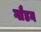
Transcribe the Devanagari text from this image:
ग्लैडन